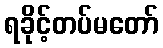
ရခိုင့်တပ်မတော်